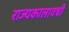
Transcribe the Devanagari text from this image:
राज्यकालावधी